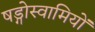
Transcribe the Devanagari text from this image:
षड्गोस्वामियों